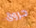
حروق